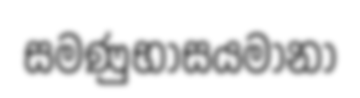
සමණුභාසයමානා